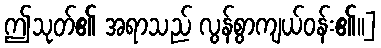
ဤသုတ်၏ အရာသည် လွန်စွာကျယ်ဝန်း၏၊၊]